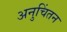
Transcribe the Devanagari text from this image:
अनुचिंतन